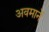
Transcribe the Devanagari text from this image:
अवमानें